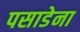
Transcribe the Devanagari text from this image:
पसाडेना